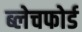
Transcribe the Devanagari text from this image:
ब्लेचफोर्ड